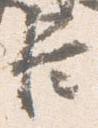
臣